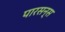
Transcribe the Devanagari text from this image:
पारसन्स